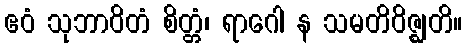
ဧဝံ သုဘာဝိတံ စိတ္တံ၊ ရာဂေါ န သမတိဝိဇ္ဈတိ။